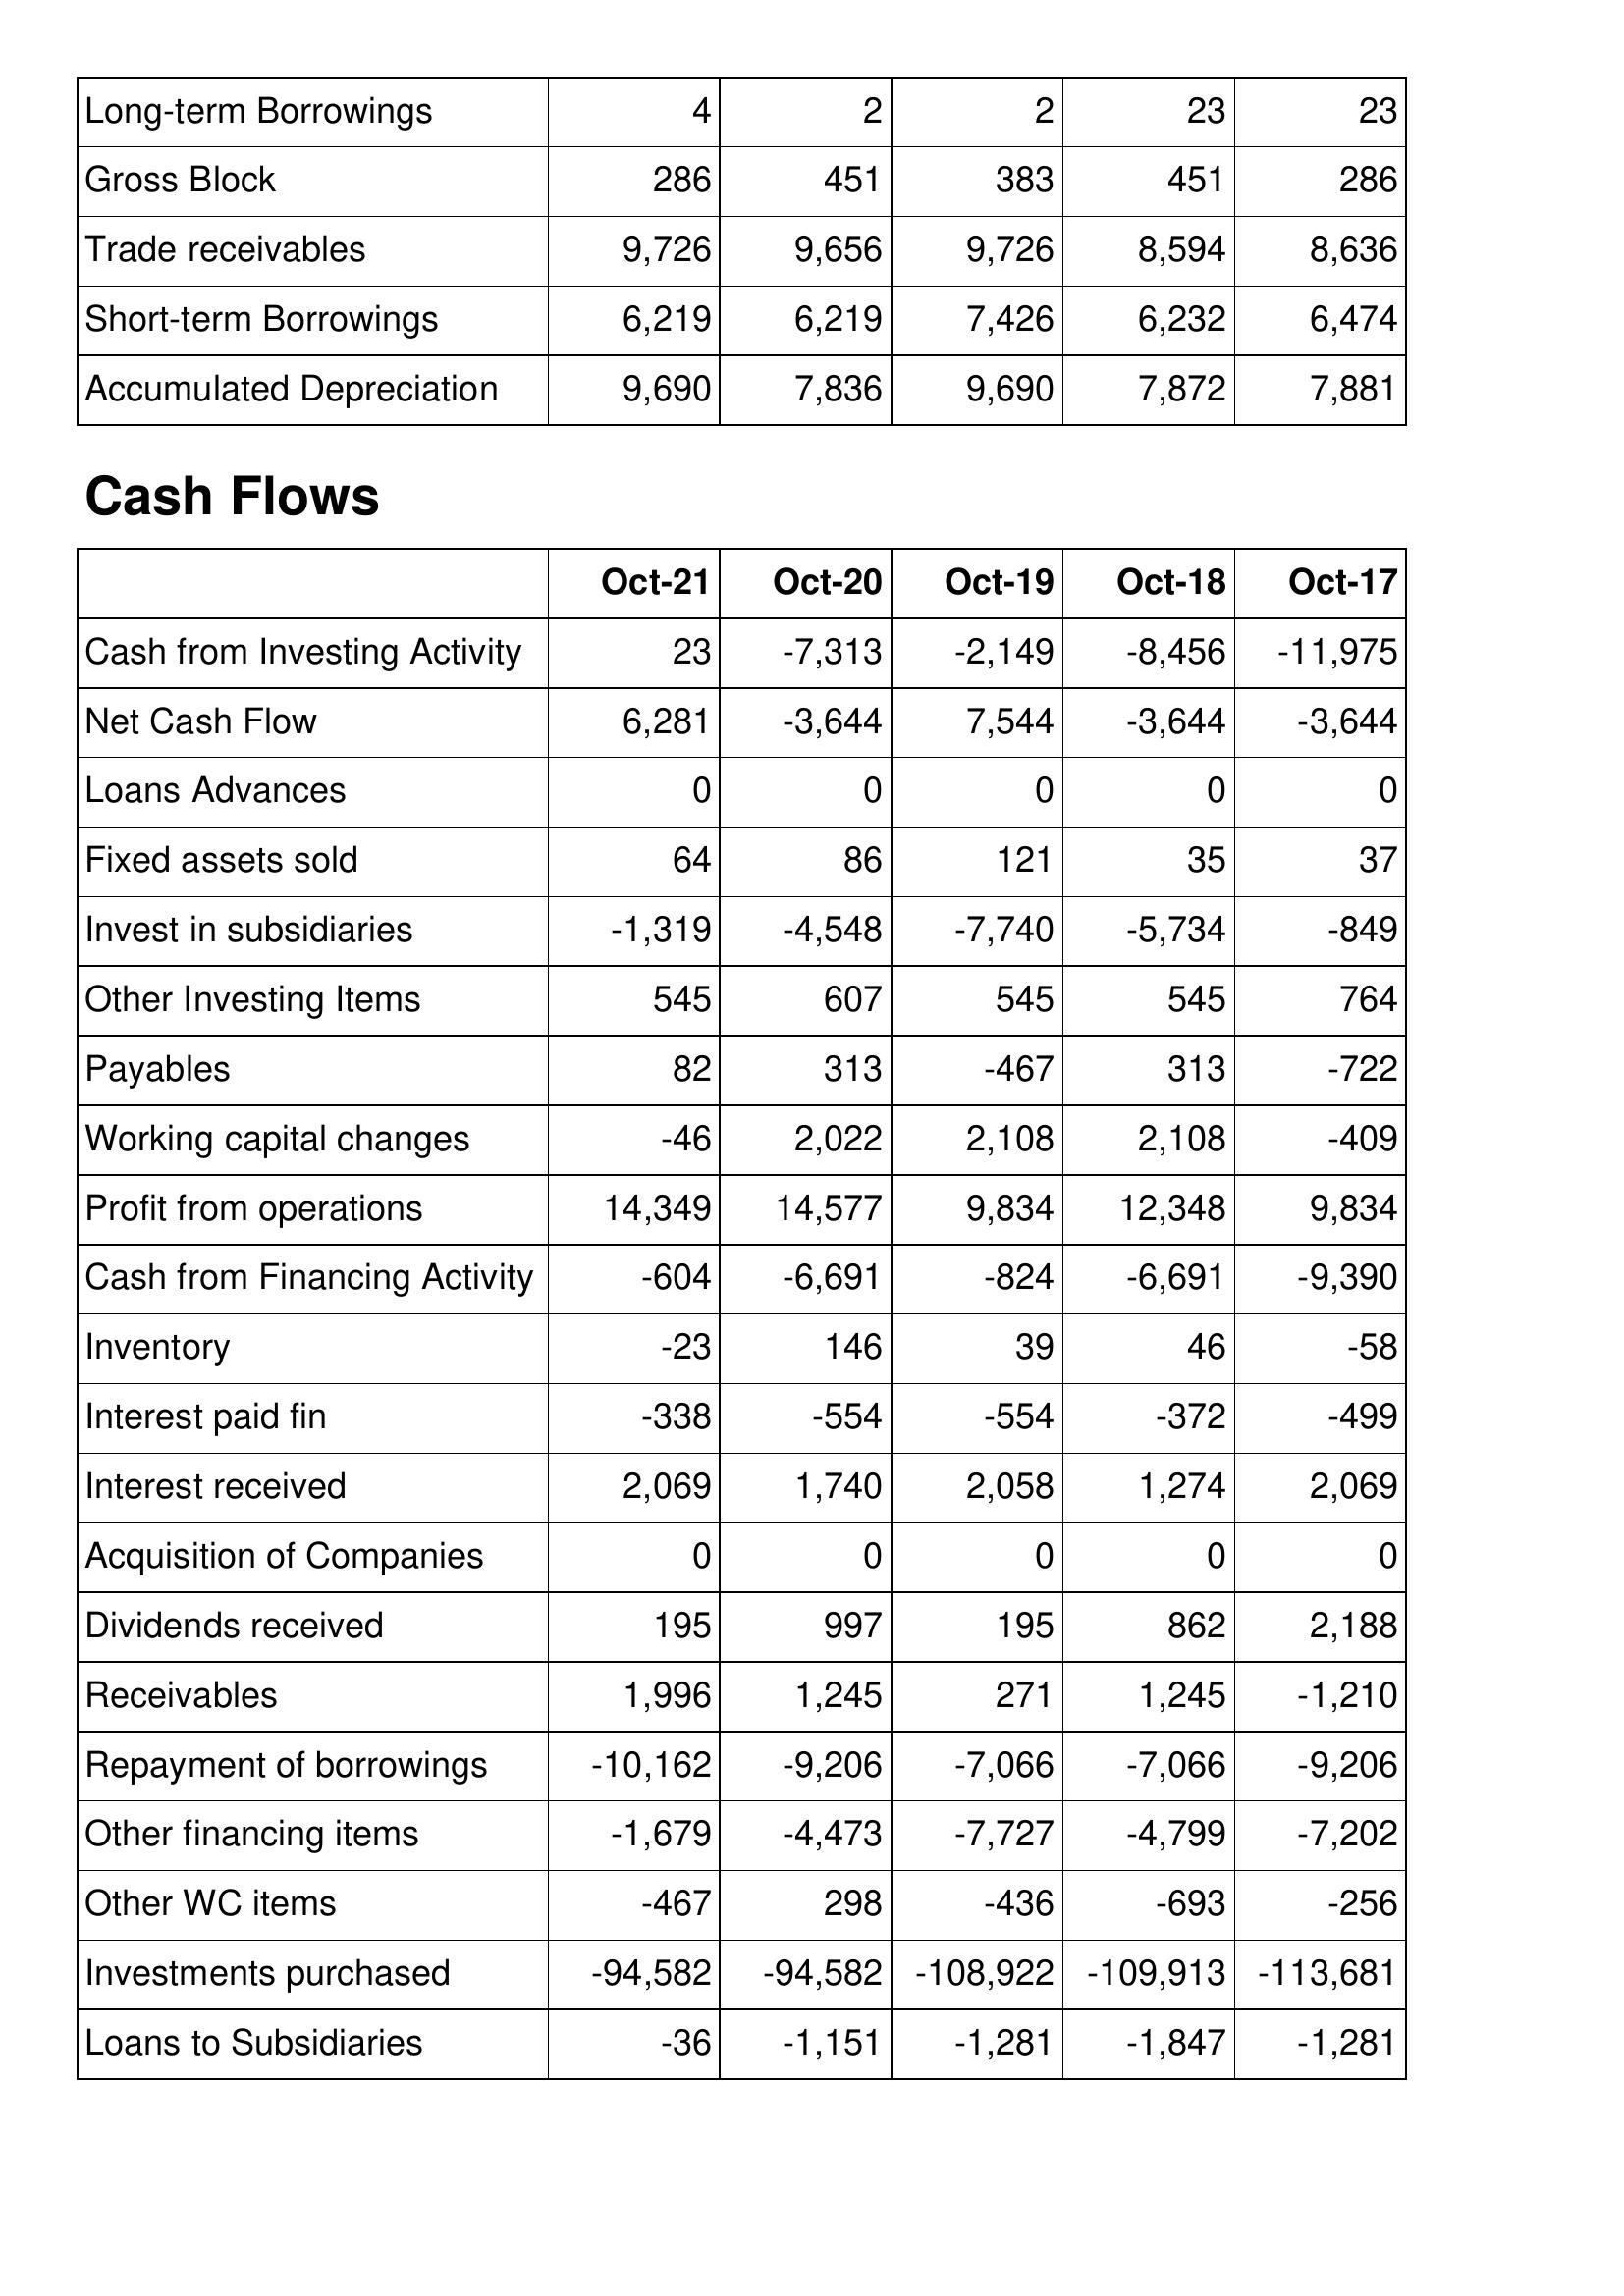
Oct-21: Balance Sheet: Long-term Borrowings: 4
Gross Block: 286
Trade receivables: 9,726
Short-term Borrowings: 6,219
Accumulated Depreciation: 9,690
Cash Flows: Cash from Investing Activity: 23
Net Cash Flow: 6,281
Loans Advances: 0
Fixed assets sold: 64
Invest in subsidiaries: -1,319
Other Investing Items: 545
Payables: 82
Working capital changes: -46
Profit from operations: 14,349
Cash from Financing Activity: -604
Inventory: -23
Interest paid fin: -338
Interest received: 2,069
Acquisition of Companies: 0
Dividends received: 195
Receivables: 1,996
Repayment of borrowings: -10,162
Other financing items: -1,679
Other WC items: -467
Investments purchased: -94,582
Loans to Subsidiaries: -36
Oct-20: Balance Sheet: Long-term Borrowings: 2
Gross Block: 451
Trade receivables: 9,656
Short-term Borrowings: 6,219
Accumulated Depreciation: 7,836
Cash Flows: Cash from Investing Activity: -7,313
Net Cash Flow: -3,644
Loans Advances: 0
Fixed assets sold: 86
Invest in subsidiaries: -4,548
Other Investing Items: 607
Payables: 313
Working capital changes: 2,022
Profit from operations: 14,577
Cash from Financing Activity: -6,691
Inventory: 146
Interest paid fin: -554
Interest received: 1,740
Acquisition of Companies: 0
Dividends received: 997
Receivables: 1,245
Repayment of borrowings: -9,206
Other financing items: -4,473
Other WC items: 298
Investments purchased: -94,582
Loans to Subsidiaries: -1,151
Oct-19: Balance Sheet: Long-term Borrowings: 2
Gross Block: 383
Trade receivables: 9,726
Short-term Borrowings: 7,426
Accumulated Depreciation: 9,690
Cash Flows: Cash from Investing Activity: -2,149
Net Cash Flow: 7,544
Loans Advances: 0
Fixed assets sold: 121
Invest in subsidiaries: -7,740
Other Investing Items: 545
Payables: -467
Working capital changes: 2,108
Profit from operations: 9,834
Cash from Financing Activity: -824
Inventory: 39
Interest paid fin: -554
Interest received: 2,058
Acquisition of Companies: 0
Dividends received: 195
Receivables: 271
Repayment of borrowings: -7,066
Other financing items: -7,727
Other WC items: -436
Investments purchased: -108,922
Loans to Subsidiaries: -1,281
Oct-18: Balance Sheet: Long-term Borrowings: 23
Gross Block: 451
Trade receivables: 8,594
Short-term Borrowings: 6,232
Accumulated Depreciation: 7,872
Cash Flows: Cash from Investing Activity: -8,456
Net Cash Flow: -3,644
Loans Advances: 0
Fixed assets sold: 35
Invest in subsidiaries: -5,734
Other Investing Items: 545
Payables: 313
Working capital changes: 2,108
Profit from operations: 12,348
Cash from Financing Activity: -6,691
Inventory: 46
Interest paid fin: -372
Interest received: 1,274
Acquisition of Companies: 0
Dividends received: 862
Receivables: 1,245
Repayment of borrowings: -7,066
Other financing items: -4,799
Other WC items: -693
Investments purchased: -109,913
Loans to Subsidiaries: -1,847
Oct-17: Balance Sheet: Long-term Borrowings: 23
Gross Block: 286
Trade receivables: 8,636
Short-term Borrowings: 6,474
Accumulated Depreciation: 7,881
Cash Flows: Cash from Investing Activity: -11,975
Net Cash Flow: -3,644
Loans Advances: 0
Fixed assets sold: 37
Invest in subsidiaries: -849
Other Investing Items: 764
Payables: -722
Working capital changes: -409
Profit from operations: 9,834
Cash from Financing Activity: -9,390
Inventory: -58
Interest paid fin: -499
Interest received: 2,069
Acquisition of Companies: 0
Dividends received: 2,188
Receivables: -1,210
Repayment of borrowings: -9,206
Other financing items: -7,202
Other WC items: -256
Investments purchased: -113,681
Loans to Subsidiaries: -1,281